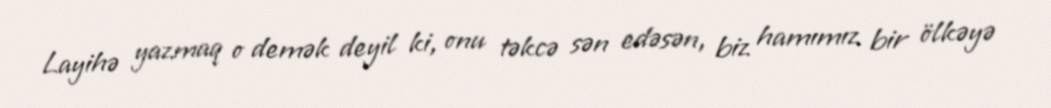
Layihə yazmaq o demək deyil ki, onu təkcə sən edəsən, biz hamımız bir ölkəyə